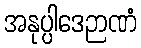
အနုပ္ပါဒေဉာဏံ